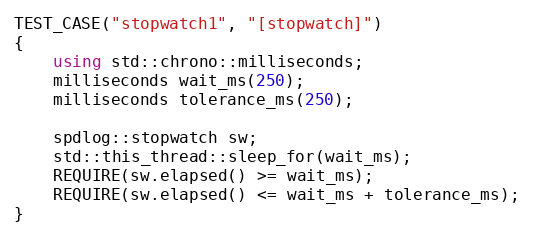
Language: C++
TEST_CASE("stopwatch1", "[stopwatch]")
{
    using std::chrono::milliseconds;
    milliseconds wait_ms(250);
    milliseconds tolerance_ms(250);

    spdlog::stopwatch sw;
    std::this_thread::sleep_for(wait_ms);
    REQUIRE(sw.elapsed() >= wait_ms);
    REQUIRE(sw.elapsed() <= wait_ms + tolerance_ms);
}